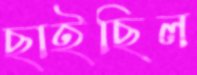
ছাইছিল